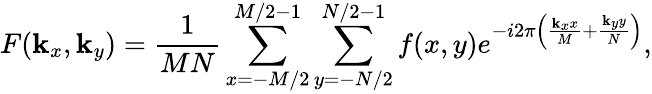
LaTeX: F(\mathbf{k}_{x},\mathbf{k}_{y})=\frac{{1}}{{MN}}\sum_{x=-M/2}^{M/2-1}\sum_{y=-N/2}^{N/2-1}f(x,y)e^{-i2\pi\left(\frac{{\mathbf{k}_{x}x}}{{M}}+\frac{{\mathbf{k}_{y}y}}{{N}}\right)},